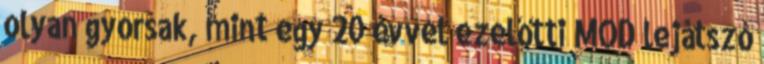
olyan gyorsak, mint egy 20 évvel ezelőtti MOD lejátszó